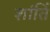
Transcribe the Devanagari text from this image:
शांतिं